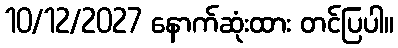
10/12/2027 နောက်ဆုံးထား တင်ပြပါ။